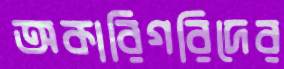
অকারিগরিদের